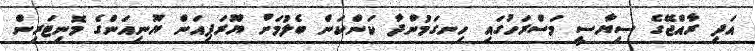
އަދި ރާއްޖޭގެ ސިޔާސީ މަސްރަހުގައި ހިނގަމުންދާ ކަންކަން ބެލުމަށް ޔޫރަޕިއަން ޔޫނިއަންގެ މޮނިޓަރިން